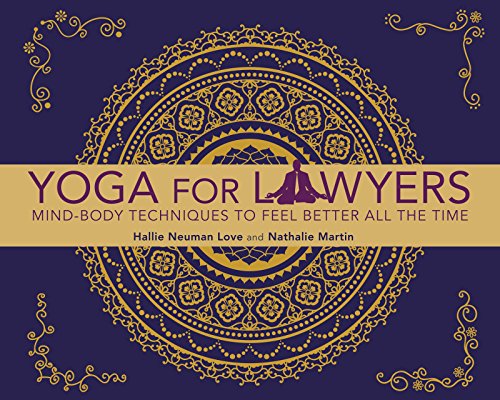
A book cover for Yoga for Lawyers: Mind-Body Techniques to Feel Better All the Time; Hallie Neuman Love; Law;